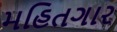
મહિતગાર